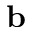
\mathbf { b }